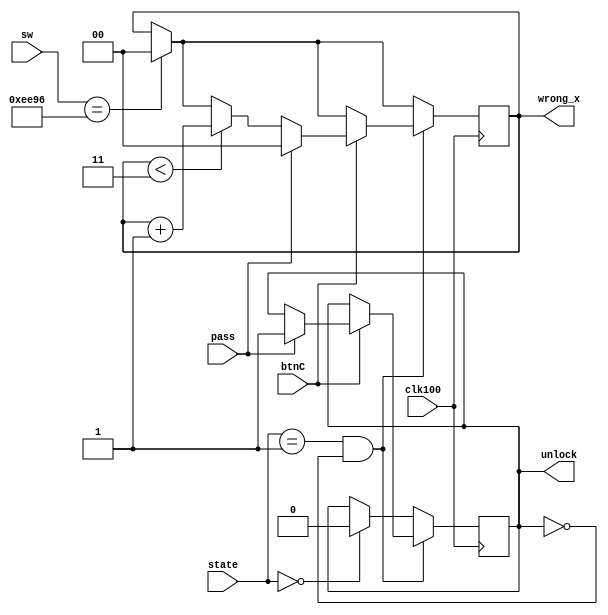
`timescale 1ns / 1ps
//////////////////////////////////////////////////////////////////////////////////
// Company: 
// Engineer: 
// 
// Design Name: 
// Module Name: login
// Project Name: 
// Target Devices: 
// Tool Versions: 
// Description: 
// 
// Dependencies: 
// 
// Revision:
// Revision 0.01 - File Created
// Additional Comments:
// 
//////////////////////////////////////////////////////////////////////////////////


module login(input [15:0] sw, input pass, input clk100, input btnC, input [1:0] state, output reg unlock = 0, output reg [1:0] wrong_x = 0);

    always @ (posedge clk100) begin
        if(sw == 16'b1110_1110_10_0_10_110) begin
            wrong_x <= 0;
        end
       
        //LOGIN PAGE BUT LOCKED STATE (STATE1 -> STATE2)
        if(state == 1 && unlock == 0) begin
            //unlock
            if (btnC) begin
                if(pass) begin
                    unlock <= 1;
                    wrong_x <= 0;
                end else begin
                    if(wrong_x <3) begin
                        wrong_x <= wrong_x + 1;
                    end               
                end
            end
        end 
        //LOGOUT
        else if (state == 0) begin
            unlock  <= 0;
        end 
    end

endmodule